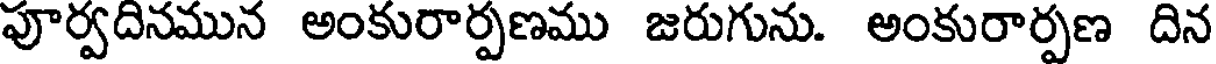
పూర్వదినమున అంకురార్పణము జరుగును. అంకురార్పణ దిన